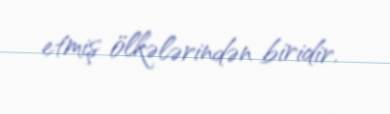
etmiş ölkələrindən biridir.